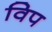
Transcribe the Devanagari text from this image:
विप